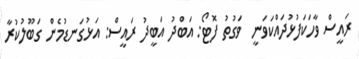
ރައީސް ވާހަކަފުޅުދައްކަވަނީ  ވަގުތު ފޮޓޯ: އަބްދު އަބީދު ރައީސް: އަޅުގަނޑުމެން ގަބޫލުކުރާ